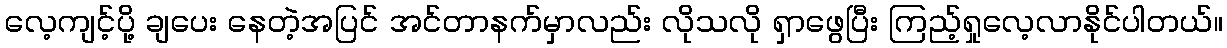
လေ့ကျင့်ပို့ ချပေး နေတဲ့အပြင် အင်တာနက်မှာလည်း လိုသလို ရှာဖွေပြီး ကြည့်ရှုလေ့လာနိုင်ပါတယ်။